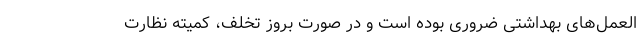
العمل‌های بهداشتی ضروری بوده است و در صورت بروز تخلف، کمیته نظارت